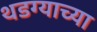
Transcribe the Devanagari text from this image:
थडग्याच्या